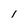
Character: 1